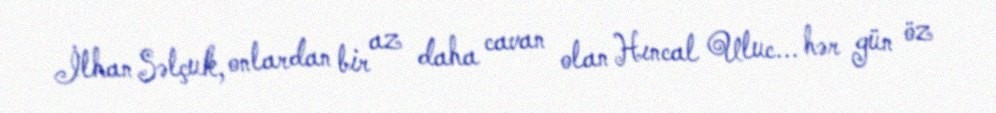
İlhan Səlçuk, onlardan bir az daha cavan olan Hıncal Uluc... hər gün öz